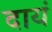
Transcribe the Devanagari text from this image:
दायं